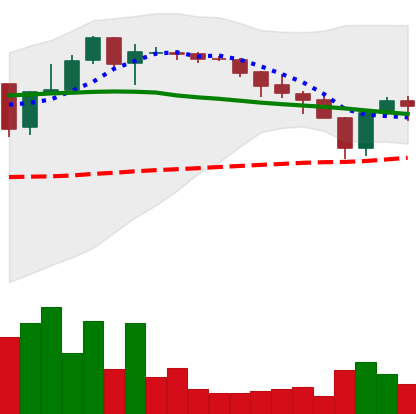
Ticker: XLM-USD
Chart end date: 2018-05-14
Forward return: -14.187%
Label: down_7plus